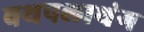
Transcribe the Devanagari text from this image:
बथपलाथंग